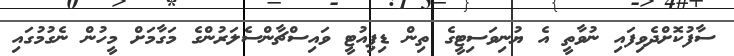
ސާފުކޮށްދެވިފައި ނުވާތީ އެ ޔުނިވަސިޓީގެ ތިން ޑިޕިއުޓީ ވައިސްޗާންސެލަރުންގެ މަގާމަށް މީހުން ނެގުމުގައި